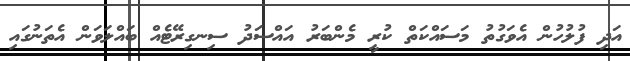
އަދި ފުލުހުން އެވަގުތު މަސައްކަތް ކުރީ މެންބަރު އައްސަދު ސިނގިރޭޓެއް ބައްލަވަން އެތަނުގައި